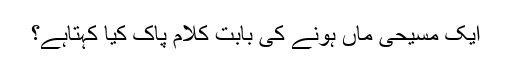
ایک مسیحی ماں ہونے کی بابت کلام پاک کیا کہتاہے؟